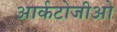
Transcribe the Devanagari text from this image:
आर्कटोजीओ